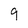
Character: 9